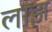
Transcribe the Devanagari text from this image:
लाझ